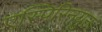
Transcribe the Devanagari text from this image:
एस्पिरिनयुक्त